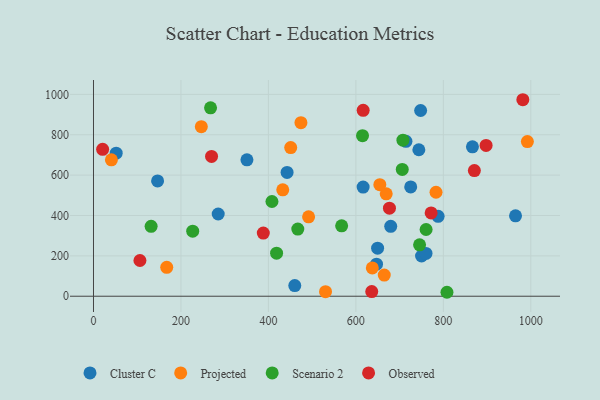
{"axis": {"x": "Experience", "y": "Sales"}, "legend": ["Cluster C", "Observed", "Projected", "Scenario 2"], "data": [{"x": "679.7", "y": 346.3, "type": "Cluster C"}, {"x": "647.2", "y": 158.9, "type": "Cluster C"}, {"x": "285.2", "y": 407.4, "type": "Cluster C"}, {"x": "616.6", "y": 540.9, "type": "Cluster C"}, {"x": "649.7", "y": 238.0, "type": "Cluster C"}, {"x": "748.1", "y": 920.2, "type": "Cluster C"}, {"x": "460.3", "y": 52.6, "type": "Cluster C"}, {"x": "146.6", "y": 571.0, "type": "Cluster C"}, {"x": "442.7", "y": 613.5, "type": "Cluster C"}, {"x": "744.0", "y": 725.6, "type": "Cluster C"}, {"x": "350.9", "y": 675.8, "type": "Cluster C"}, {"x": "51.9", "y": 708.8, "type": "Cluster C"}, {"x": "866.6", "y": 740.3, "type": "Cluster C"}, {"x": "750.2", "y": 199.2, "type": "Cluster C"}, {"x": "788.1", "y": 395.8, "type": "Cluster C"}, {"x": "760.4", "y": 212.1, "type": "Cluster C"}, {"x": "725.4", "y": 541.5, "type": "Cluster C"}, {"x": "714.5", "y": 767.2, "type": "Cluster C"}, {"x": "965.1", "y": 398.4, "type": "Cluster C"}, {"x": "474.4", "y": 859.6, "type": "Projected"}, {"x": "669.4", "y": 507.5, "type": "Projected"}, {"x": "530.6", "y": 22.5, "type": "Projected"}, {"x": "637.6", "y": 140.0, "type": "Projected"}, {"x": "664.9", "y": 105.0, "type": "Projected"}, {"x": "992.2", "y": 766.3, "type": "Projected"}, {"x": "41.0", "y": 675.9, "type": "Projected"}, {"x": "167.5", "y": 143.2, "type": "Projected"}, {"x": "783.3", "y": 515.1, "type": "Projected"}, {"x": "246.6", "y": 840.0, "type": "Projected"}, {"x": "451.0", "y": 736.5, "type": "Projected"}, {"x": "432.8", "y": 527.2, "type": "Projected"}, {"x": "654.8", "y": 552.7, "type": "Projected"}, {"x": "491.9", "y": 393.5, "type": "Projected"}, {"x": "418.7", "y": 213.4, "type": "Scenario 2"}, {"x": "226.9", "y": 322.5, "type": "Scenario 2"}, {"x": "808.3", "y": 19.6, "type": "Scenario 2"}, {"x": "408.1", "y": 469.4, "type": "Scenario 2"}, {"x": "615.2", "y": 795.5, "type": "Scenario 2"}, {"x": "131.8", "y": 346.2, "type": "Scenario 2"}, {"x": "707.6", "y": 773.1, "type": "Scenario 2"}, {"x": "706.1", "y": 628.4, "type": "Scenario 2"}, {"x": "745.7", "y": 254.9, "type": "Scenario 2"}, {"x": "567.5", "y": 348.8, "type": "Scenario 2"}, {"x": "467.2", "y": 332.5, "type": "Scenario 2"}, {"x": "760.6", "y": 330.7, "type": "Scenario 2"}, {"x": "267.7", "y": 933.2, "type": "Scenario 2"}, {"x": "772.1", "y": 412.8, "type": "Observed"}, {"x": "897.8", "y": 747.2, "type": "Observed"}, {"x": "616.7", "y": 920.9, "type": "Observed"}, {"x": "636.3", "y": 23.0, "type": "Observed"}, {"x": "388.3", "y": 312.7, "type": "Observed"}, {"x": "106.2", "y": 177.0, "type": "Observed"}, {"x": "981.8", "y": 973.5, "type": "Observed"}, {"x": "20.9", "y": 727.6, "type": "Observed"}, {"x": "270.0", "y": 692.8, "type": "Observed"}, {"x": "871.0", "y": 622.4, "type": "Observed"}, {"x": "676.8", "y": 436.4, "type": "Observed"}]}